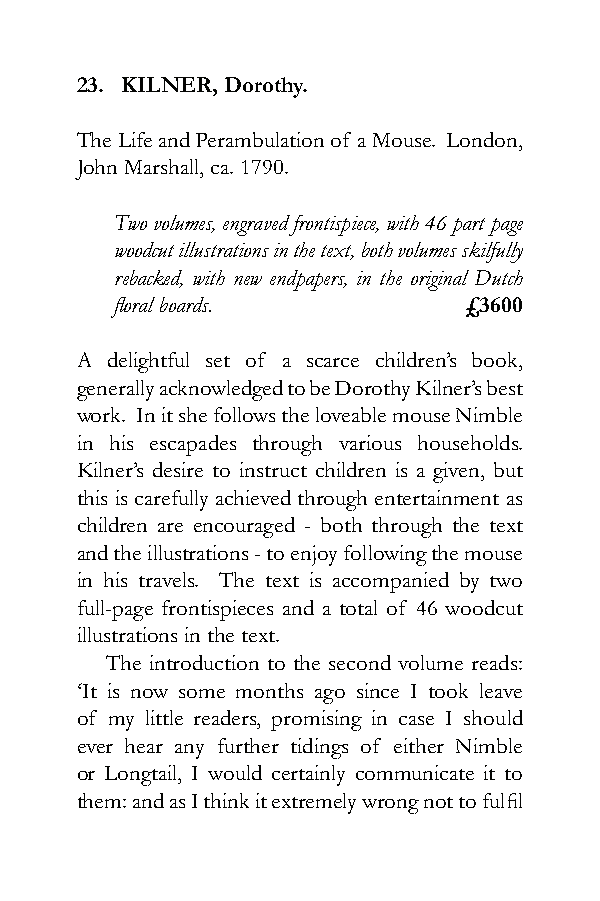
23. KILNER, Dorothy.
 The Life and Perambulation of a Mouse. London,
 John Marshall, ca. 1790.
 Two volumes, engraved frontispiece, with 46 part page
 woodcut illustrations in the text, both volumes skilfully
 rebacked, with new endpapers, in the original Dutch
 floral boards.         £3600
 A delightful set of a scarce children’s book,
 generally acknowledged to be Dorothy Kilner’s best
 work. In it she follows the loveable mouse Nimble
 in his escapades through various households.
 Kilner’s desire to instruct children is a given, but
 this is carefully achieved through entertainment as
 children are encouraged - both through the text
 and the illustrations - to enjoy following the mouse
 in his travels. The text is accompanied by two
 full-page frontispieces and a total of 46 woodcut
 illustrations in the text.
 The introduction to the second volume reads:
 ‘It is now some months ago since I took leave
 of my little readers, promising in case I should
 ever hear any further tidings of either Nimble
 or Longtail, I would certainly communicate it to
 them: and as I think it extremely wrong not to fulfil